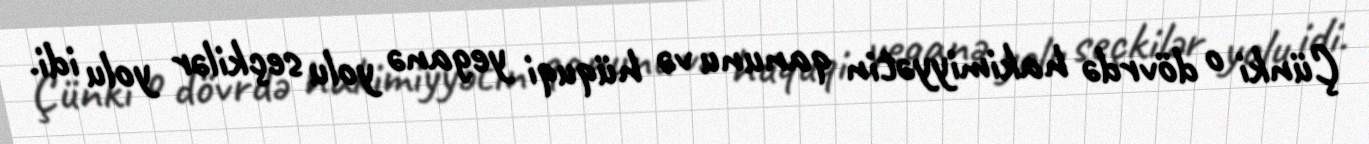
Çünki o dövrdə hakimiyyətin qanunu və hüquqi yeganə yolu seçkilər yolu idi.